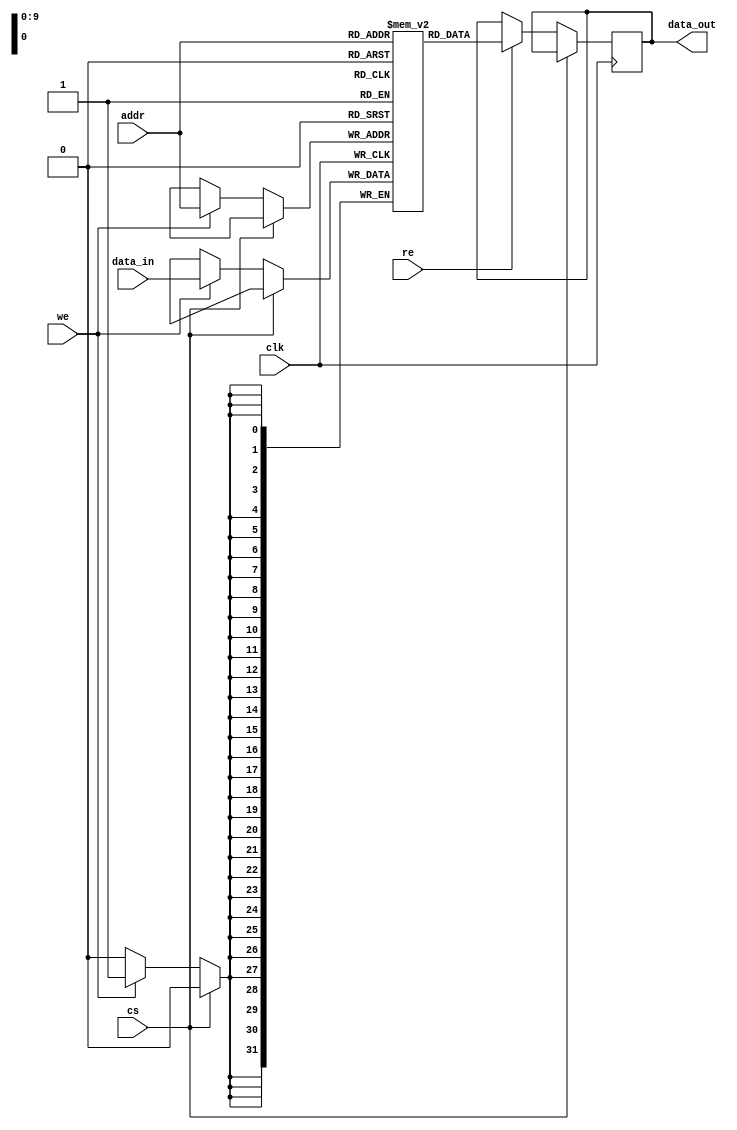
module io_blocks_cache_sram #(
    parameter DATA_WIDTH = 32,  // Width of each word (8, 16, 32 bits)
    parameter ADDR_WIDTH = 10    // Address width (for 1KB: 2^10 = 1024 words)
)(
    input wire clk,              // Clock signal
    input wire cs,               // Chip Select (active low)
    input wire we,               // Write Enable (active high)
    input wire re,               // Read Enable (active high)
    input wire [ADDR_WIDTH-1:0] addr, // Address input
    input wire [DATA_WIDTH-1:0] data_in, // Data input for write
    output reg [DATA_WIDTH-1:0] data_out // Data output for read
);

    // Memory array declaration
    reg [DATA_WIDTH-1:0] memory [(2**ADDR_WIDTH)-1:0];

    // Read and Write operations
    always @(posedge clk) begin
        if (!cs) begin // Chip Select is active
            if (we) begin
                // Write operation
                memory[addr] <= data_in;
            end
            if (re) begin
                // Read operation
                data_out <= memory[addr];
            end
        end
    end

endmodule